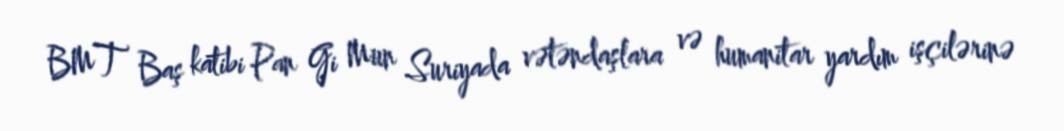
BMT Baş katibi Pan Gi Mun Suriyada vətəndaşlara və humanitar yardım işçilərinə